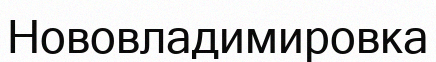
Нововладимировка